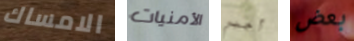
الامساك الأمنيات أجبر بعض